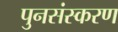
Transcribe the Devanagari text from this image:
पुनसंस्करण